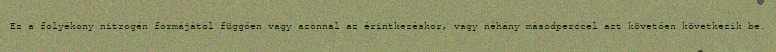
Ez a folyékony nitrogén formájától függően vagy azonnal az érintkezéskor, vagy néhány másodperccel azt követően következik be.